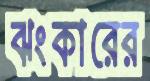
ঝংকারের